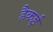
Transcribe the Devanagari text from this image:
हैकई